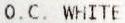
O.C. WHITE